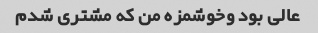
عالی بود وخوشمزه من که مشتری شدم